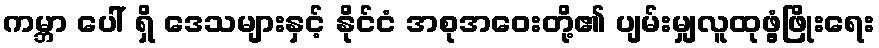
ကမ္ဘာ ပေါ် ရှိ ဒေသများနှင့် နိုင်ငံ အစုအဝေးတို့၏ ပျမ်းမျှလူထုဖွံ့ဖြိုးရေး